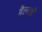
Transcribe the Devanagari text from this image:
हैलवर्डे